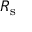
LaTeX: R _ { \mathrm { s } }